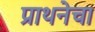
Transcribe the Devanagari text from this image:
प्राथनेचा